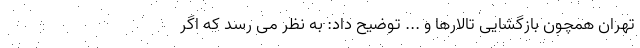
تهران همچون بازگشایی تالارها و ... توضیح داد: به نظر می رسد که اگر